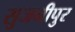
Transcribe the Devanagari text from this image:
सुजनीपुर